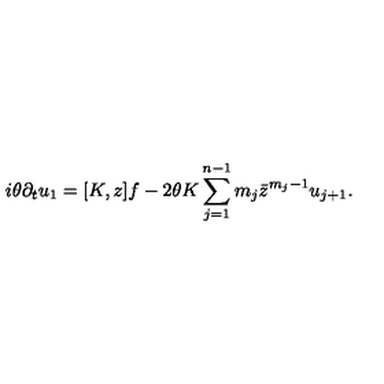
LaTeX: i \theta \partial _ { t } u _ { 1 } = [ K , z ] f - 2 \theta K \sum _ { j = 1 } ^ { n - 1 } m _ { j } \bar { z } ^ { m _ { j } - 1 } u _ { j + 1 } .